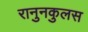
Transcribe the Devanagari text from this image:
रानुनकुलस